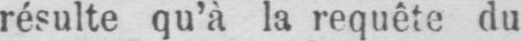
résulte qu’à la requête du